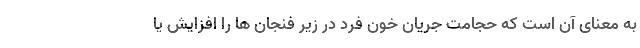
به معنای آن است که حجامت جریان خون فرد در زیر فنجان ها را افزایش یا